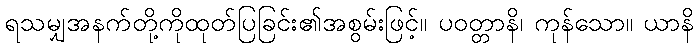
ရသမျှအနက်တို့ကိုထုတ်ပြခြင်း၏အစွမ်းဖြင့်။ ပဝတ္တာနိ၊ ကုန်သော။ ယာနိ